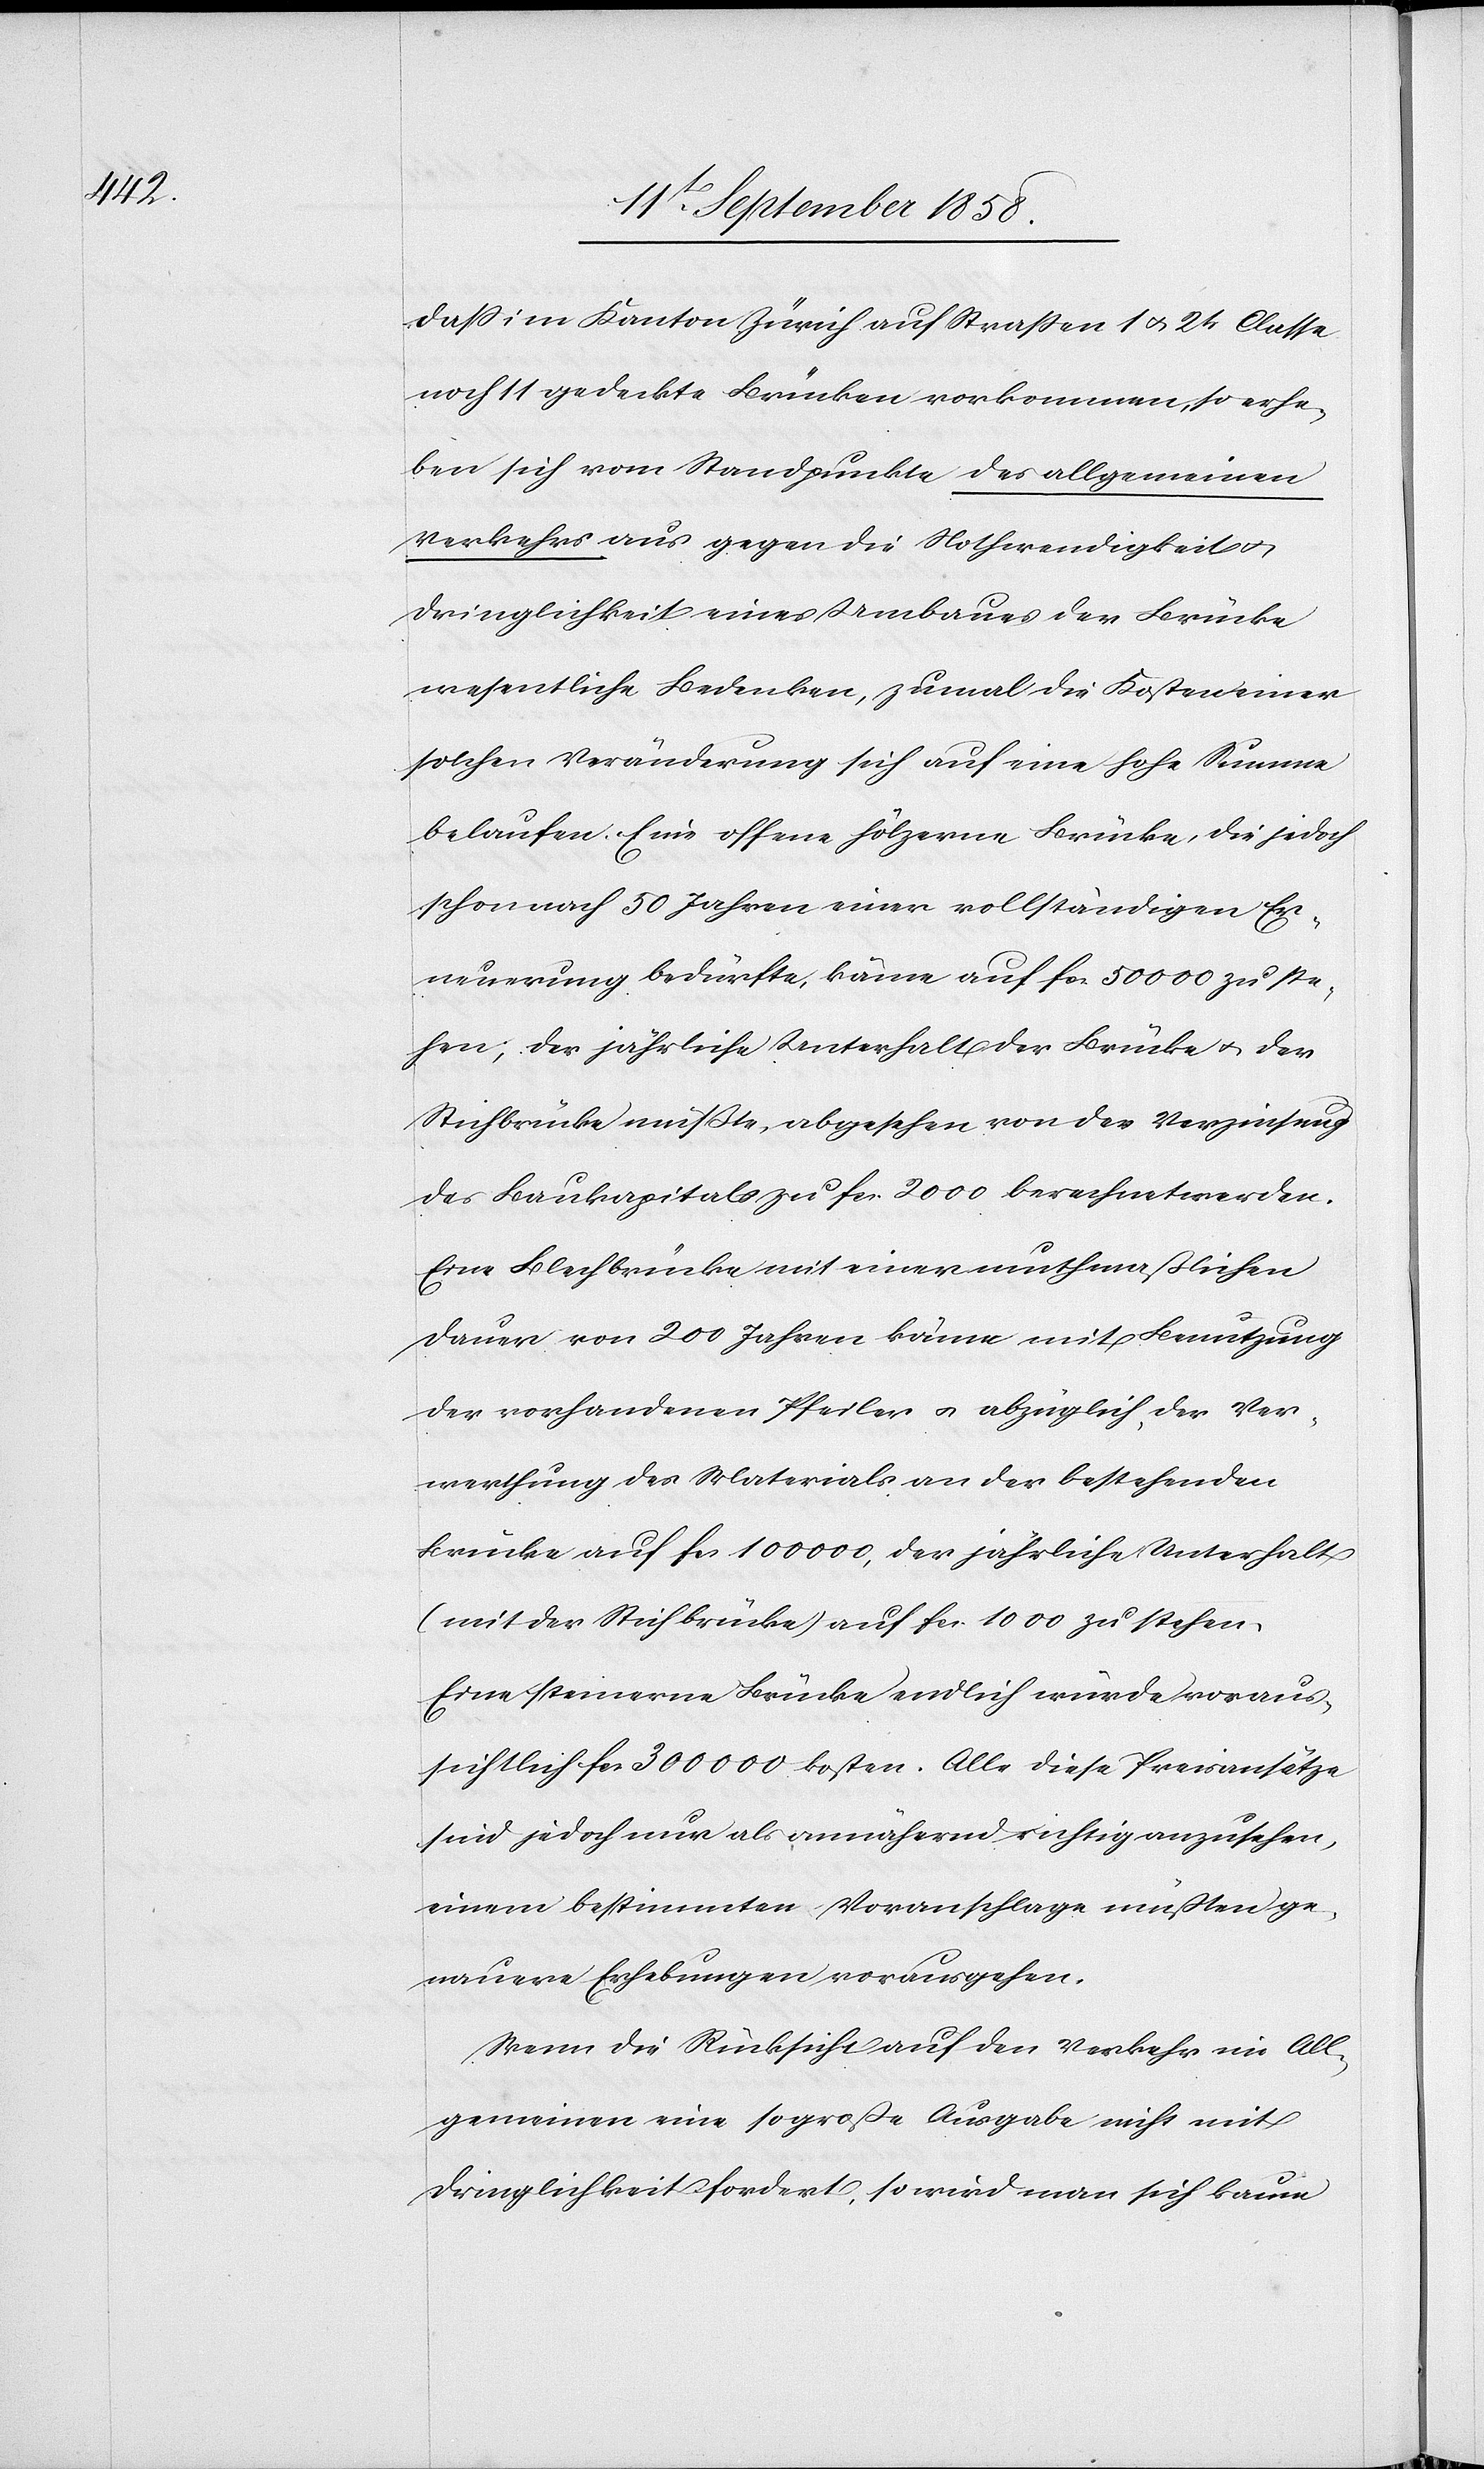
dass im Kanton Zürich auf Straßen 1 & 2tr Classe
noch 11 gedeckte Brücken vorkommen, so erhe¬
ben sich vom Standpunkte des allgemeinen
Verkehrs aus gegen die Nothwendigkeit &
Dringlichkeit eines Umbaues der Brücke
wesentliche Bedenken, zumal die Kosten einer
solchen Veränderung sich auf eine hohe Summe
belaufen. Eine offene hölzerne Brücke, die jedoch
schon nach 50 Jahren einer vollständigen Er¬
neuerung bedürfte, käme auf fcs. 50 000 zu ste¬
hen; der jährliche Unterhalt der Brücke & der
Stichbrücke müßte, abgesehen von der Verzinsung
des Baukapitals zu fcs. 2000 berechnet werden.
Eine Blechbrücke mit einer muthmaßlichen
Dauer von 200 Jahren käme mit Benutzung
der vorhandenen Pfeiler & abzüglich der Ver¬
werthung des Materials an der bestehenden
Brücke auf fcs. 100 000, der jährliche Unterhalt
(mit der Stichbrücke) auf fcs. 1000 zu stehen.
Eine steinerne Brücke endlich würde voraus¬
sichtlich fcs. 300 000 kosten. Alle diese Preisansätze
sind jedoch nur als annähernd richtig anzusehen,
einem bestimmten Voranschlage müßten ge¬
nauere Erhebungen vorausgehen.
Wenn die Rücksicht auf den Verkehr im All¬
gemeinen eine so große Ausgabe nicht mit
Dringlichkeit fordert, so wird man sich kaum